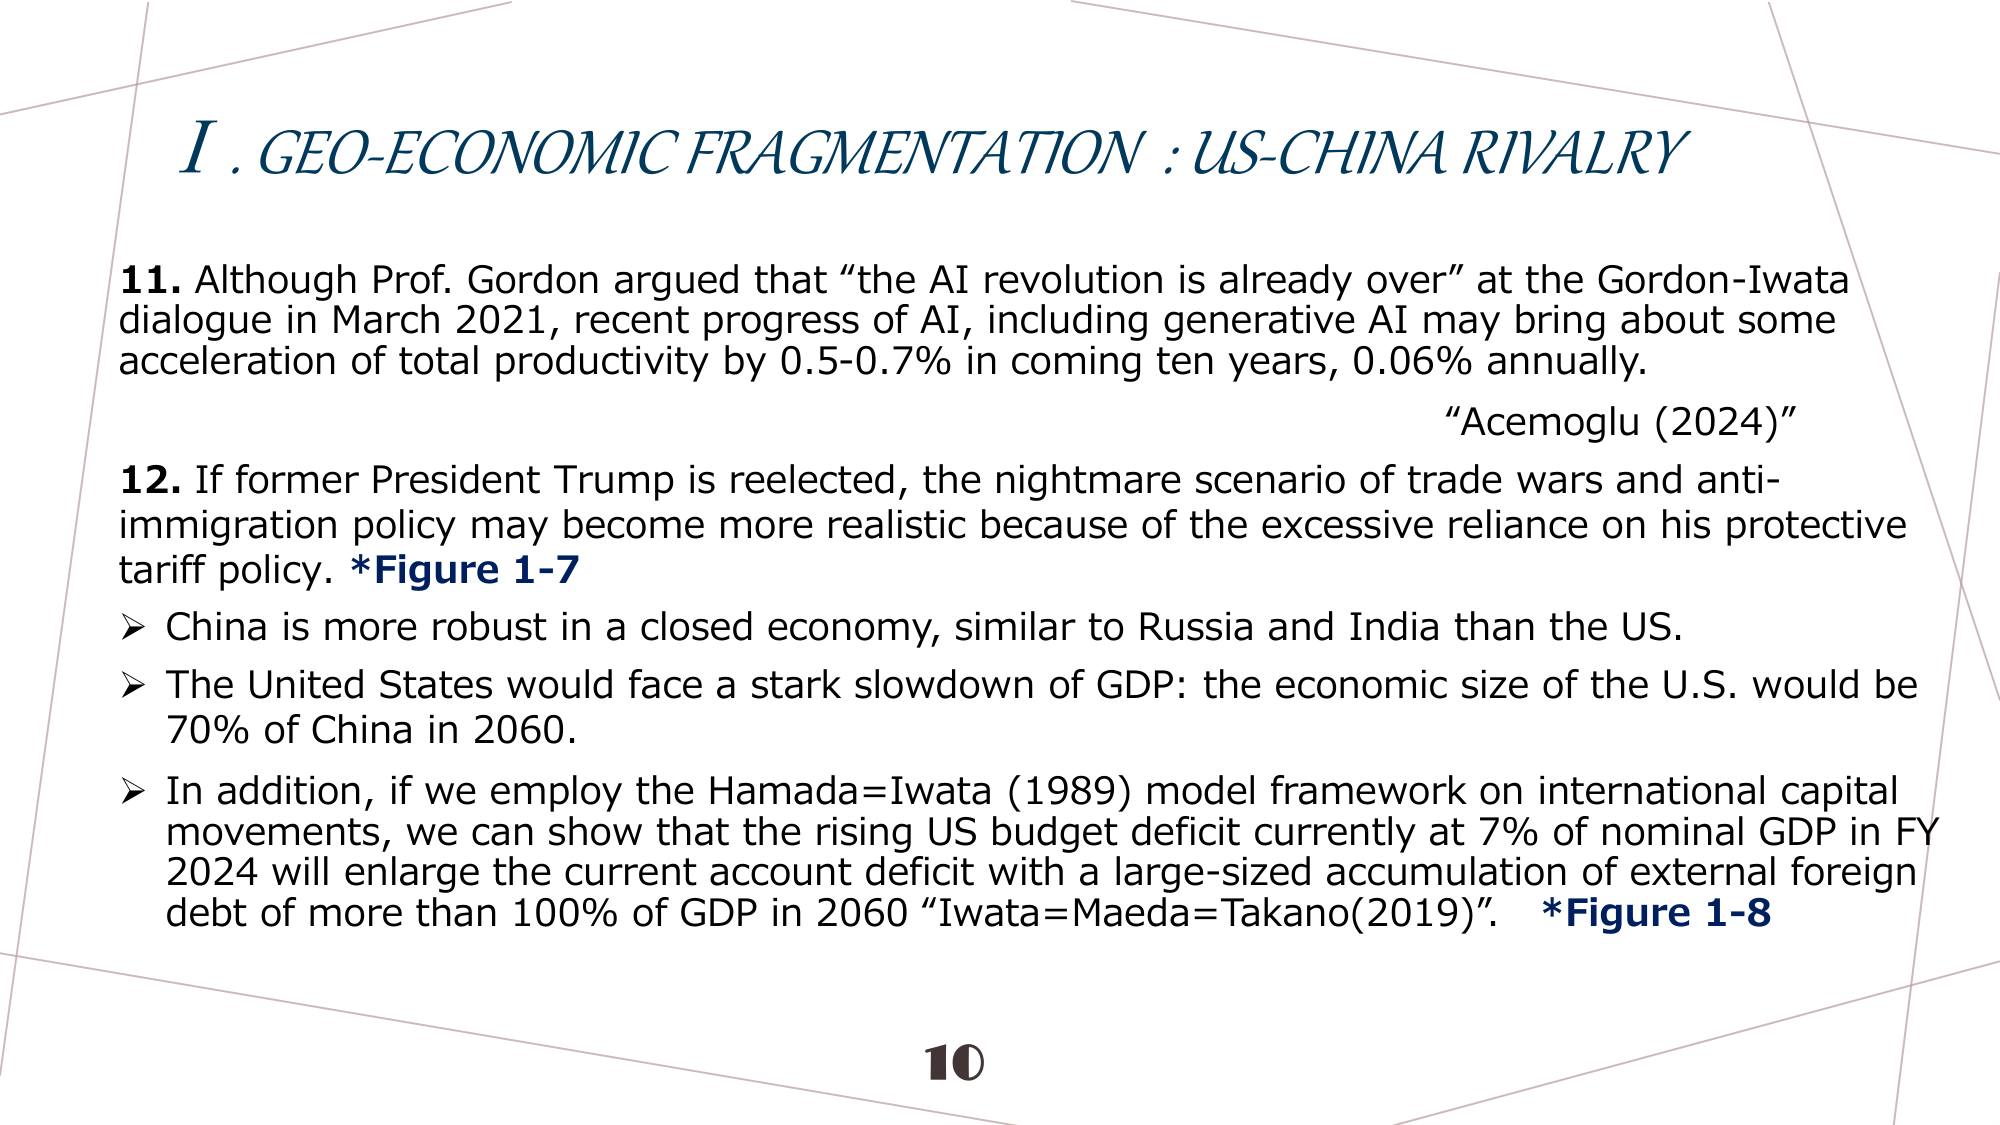
I. GEO-ECONOMIC FRAGMENTATION : US-CHINA RIVALRY

11. Although Prof. Gordon argued that “the AI revolution is already over” at the Gordon-Iwata dialogue in March 2021, recent progress of AI, including generative AI may bring about some acceleration of total productivity by 0.5-0.7% in coming ten years, 0.06% annually.
“Acemoglu (2024)”

12. If former President Trump is reelected, the nightmare scenario of trade wars and anti-immigration policy may become more realistic because of the excessive reliance on his protective tariff policy. *Figure 1-7
➤ China is more robust in a closed economy, similar to Russia and India than the US.
➤ The United States would face a stark slowdown of GDP: the economic size of the U.S. would be 70% of China in 2060.
➤ In addition, if we employ the Hamada=Iwata (1989) model framework on international capital movements, we can show that the rising US budget deficit currently at 7% of nominal GDP in FY 2024 will enlarge the current account deficit with a large-sized accumulation of external foreign debt of more than 100% of GDP in 2060 “Iwata=Maeda=Takano(2019)”. *Figure 1-8

10